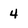
Character: 4